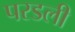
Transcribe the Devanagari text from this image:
परडली